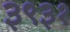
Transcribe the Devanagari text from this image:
३९३१